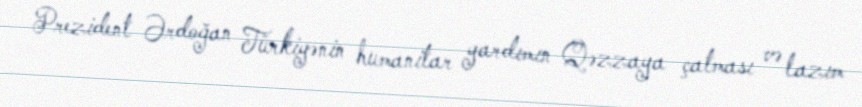
Prezident Ərdoğan Türkiyənin humanitar yardımın Qəzzaya çatması və lazım